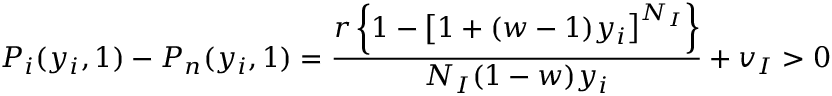
P _ { i } ( y _ { i } , 1 ) - P _ { n } ( y _ { i } , 1 ) = \frac { r \left\{ 1 - \left[ 1 + ( w - 1 ) y _ { i } \right] ^ { N _ { I } } \right\} } { N _ { I } ( 1 - w ) y _ { i } } + v _ { I } > 0